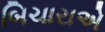
બિચારાએ